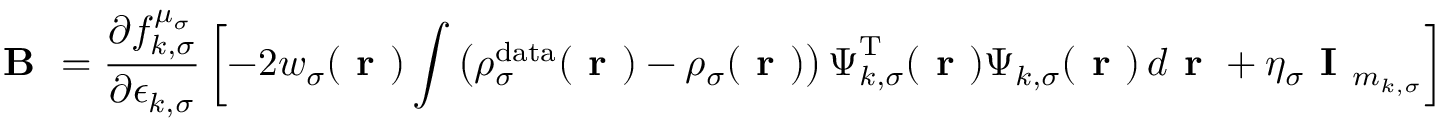
\boldsymbol { \textbf { B } } = \frac { \partial f _ { k , \sigma } ^ { \mu _ { \sigma } } } { \partial \epsilon _ { k , \sigma } } \left[ - 2 w _ { \sigma } ( \boldsymbol { \textbf { r } } ) \int \left( \rho _ { \sigma } ^ { \mathrm { d a t a } } ( \boldsymbol { \textbf { r } } ) - \rho _ { \sigma } ( \boldsymbol { \textbf { r } } ) \right) \boldsymbol { \Psi } _ { k , \sigma } ^ { \mathrm { T } } ( \boldsymbol { \textbf { r } } ) \boldsymbol { \Psi } _ { k , \sigma } ( \boldsymbol { \textbf { r } } ) \, d \boldsymbol { \textbf { r } } + \eta _ { \sigma } \textbf { I } _ { m _ { k , \sigma } } \right]